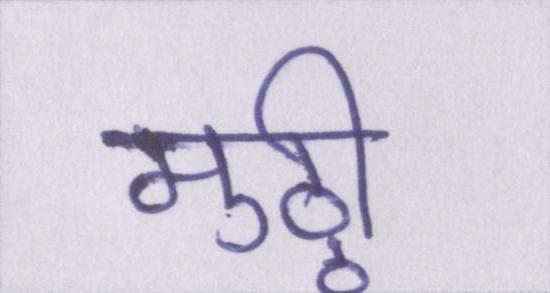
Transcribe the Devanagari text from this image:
मुठ्ठी